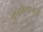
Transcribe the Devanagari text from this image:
कुळीथामुळे